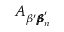
A _ { \beta ^ { \prime } { \pmb \beta } _ { n } ^ { \prime } }